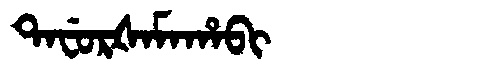
Manchu: ᡨᠠᠸᡠᡵᡧᠠᠮᠠᡥᠠᠪᡳ
Romanization: TAFURŠAMAHABI